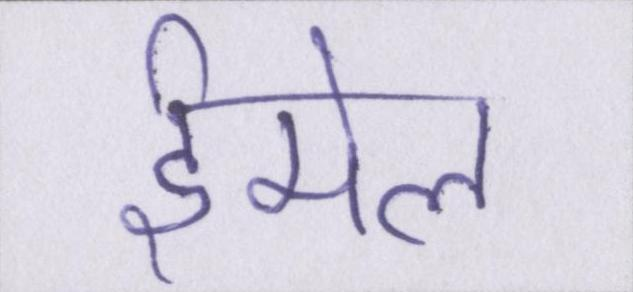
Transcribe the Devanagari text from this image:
ईमेल